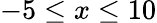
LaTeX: -5\leq x\leq 10